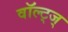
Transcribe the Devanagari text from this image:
वॉल्ट्ज्